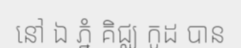
នៅ ឯ ភ្នំ គិជ្ឈ កូដ បាន